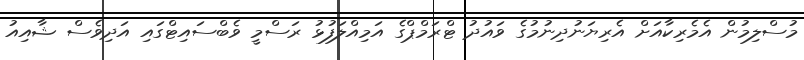
މުސްލިމުން އެމެރިކާއަށް އެރިޔަނުދިނުމުގެ ވައުދު ޓްރަމްޕްގެ އަމިއްލަފުޅު ރަސްމީ ވެބްސައިޓްގައި އަދިވެސް ޝާއިއު